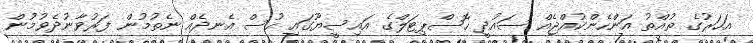
އަހަރުގެ ތުއްތު އަންހެންކުއްޖެއް ސައުދީ ހޮސްޕިޓަލްގެ އައިސީޔޫގައި ހުސް އެނދެއް ނެތުމުން ފަރުވާނުދެވުމުން